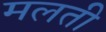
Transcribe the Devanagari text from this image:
मलती